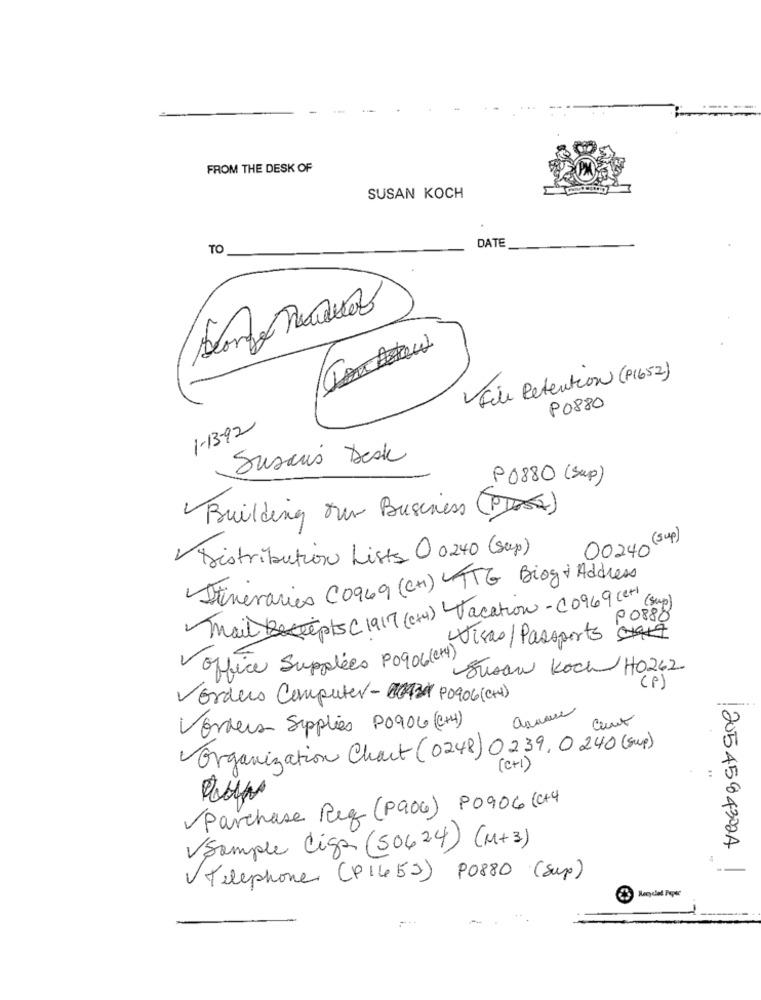
FROM THE DESK OF
SUSAN KOCH
DATE
TO
3
File Retention (P(652)
P0880
1-13-92
Susaus Desk
P0880 (Sup)
Building our Business (P)
(sup)
00240
Distribution Lists 0 0240 (sup)
Stinevaries C0969 (CH) TTG Biog Address
mail Becepts C 1917(c+4) Vacation -C0969cet (Su)
P 0888
Wisas / Passports
office Supplies PO90(CH)
Susan Koch HO262
(P)
Vorders Computer-P0906 (CH)
Ceux
Vorders Supplies PO906 (CH4)
Organization Chart (0248) 0239, 0240(Sup)
( C+ 1 )
Parchase Reg (P90G) P0906 (+4
VSample Liga (50624) (M+3)
20545843024
Telephone (P1653) 90880 (Sup)
Recycled Peper